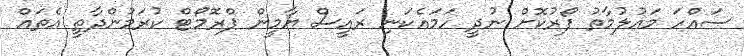
ސައްހަ މައުލުމާތު ފޯރުކޮށް ނުދީ ހަމައެކަނި ރައީސް ޔާމީން ޕްރޮމޯޓް ކުރަމުންދާތީ އެތައް